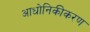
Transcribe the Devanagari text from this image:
आधोनिकीकरण